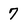
Character: 7